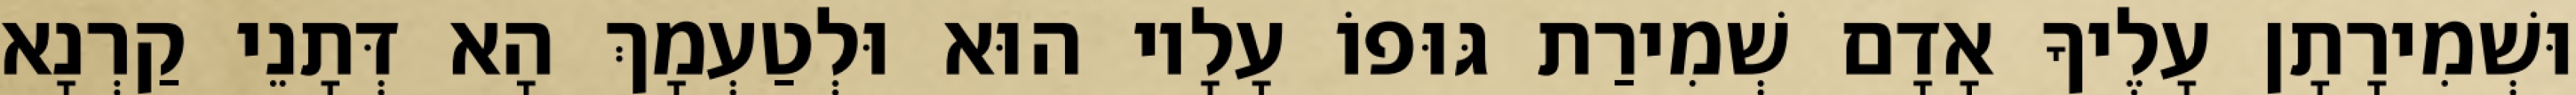
וּשְׁמִירָתָן עָלֶיךָ אָדָם שְׁמִירַת גּוּפוֹ עָלָיו הוּא וּלְטַעְמָךְ הָא דְּתָנֵי קַרְנָא